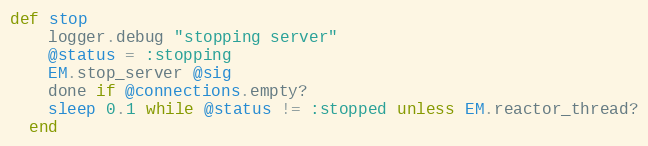
Language: Ruby
def stop
    logger.debug "stopping server"
    @status = :stopping
    EM.stop_server @sig
    done if @connections.empty?
    sleep 0.1 while @status != :stopped unless EM.reactor_thread?
  end